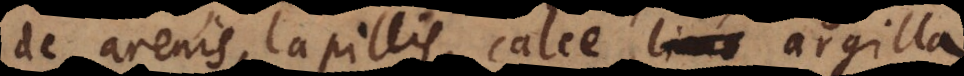
de arenis, lapillis, calce, argill